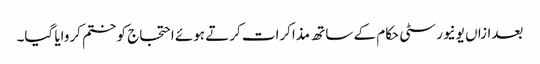
بعدازاں یونیورسٹی حکام کے ساتھ مذاکرات کرتے ہوئے احتجاج کو ختم کروایا گیا۔